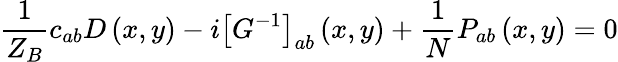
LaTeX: \frac{1}{Z_{B}}c_{ab}D\left(x,y\right)-i\left[G^{-1}\right]_{ab}\left(x,y\right)+\frac{1}{N}P_{ab}\left(x,y\right)=0